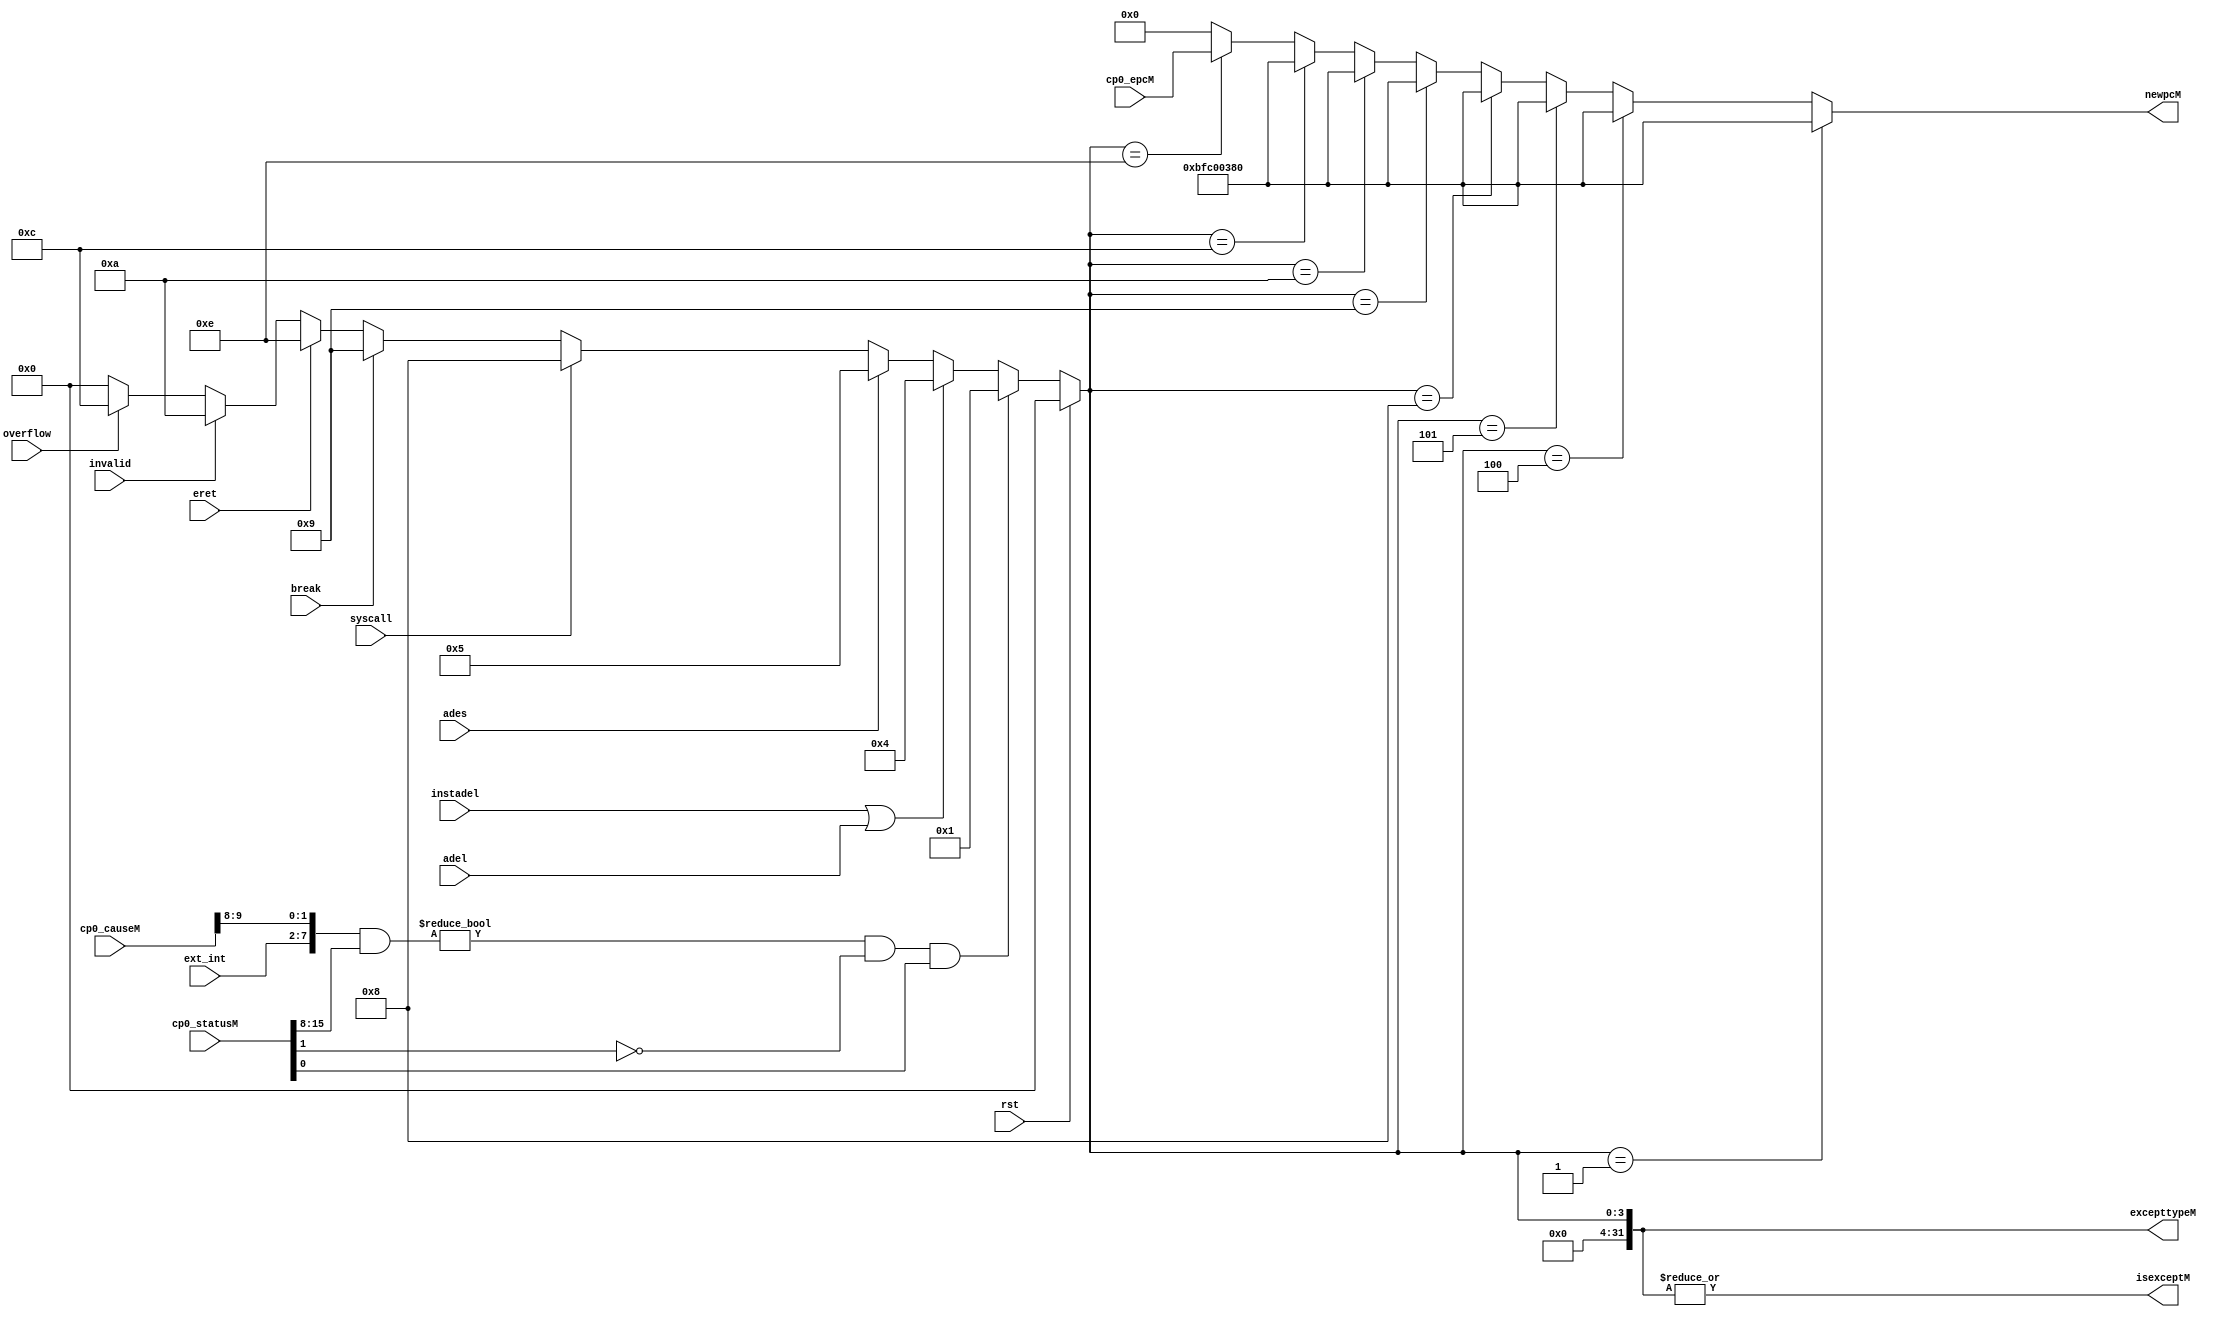
`timescale 1ns / 1ps
//////////////////////////////////////////////////////////////////////////////////
// Company: 
// Engineer: 
// 
// Design Name: 
// Module Name: exception
// Project Name: 
// Target Devices: 
// Tool Versions: 
// Description: 
// 
// Dependencies: 
// 
// Revision:
// Revision 0.01 - File Created
// Additional Comments:
// 
//////////////////////////////////////////////////////////////////////////////////
module exception(
	input wire rst,
	input wire[5:0]ext_int,
    input wire adel,ades,
	input wire instadel,syscall,break,eret,invalid,overflow,
	input wire[31:0] cp0_statusM,cp0_causeM,cp0_epcM,
	output wire[31:0] excepttypeM,
	output wire[31:0] newpcM,
	output wire isexceptM
    );

assign excepttypeM = (rst)? 32'b0:
                    ((({ext_int,cp0_causeM[9:8]} & cp0_statusM[15:8]) != 8'h00) &&
				 	 (cp0_statusM[1] == 1'b0) && (cp0_statusM[0] == 1'b1))? 32'h00000001: //int
                    (instadel | adel)? 32'h00000004://adel
                    (ades)? 32'h00000005://ades
                    (syscall)? 32'h00000008://syscall
                    (break)? 32'h00000009://break
                    (eret)? 32'h0000000e://eret
                    (invalid)? 32'h0000000a://ri
                    (overflow)? 32'h0000000c://overflow
                    32'h0;
  
assign isexceptM = |excepttypeM;

assign newpcM = (excepttypeM == 32'h00000001)? 32'hbfc00380:
                (excepttypeM == 32'h00000004)? 32'hbfc00380:
                (excepttypeM == 32'h00000005)? 32'hbfc00380:
                (excepttypeM == 32'h00000008)? 32'hbfc00380:
                (excepttypeM == 32'h00000009)? 32'hbfc00380:
                (excepttypeM == 32'h0000000a)? 32'hbfc00380:
                (excepttypeM == 32'h0000000c)? 32'hbfc00380:
                (excepttypeM == 32'h0000000e)? cp0_epcM:
                32'b0;

endmodule